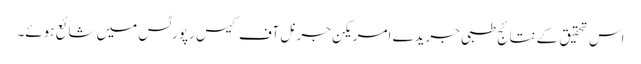
اس تحقیق کے نتائج طبی جریدے امریکن جرنل آف کیس رپورٹس میں شائع ہوئے۔